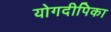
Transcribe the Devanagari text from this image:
योगदीपिका